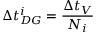
\Delta t _ { D G } ^ { i } = \frac { \Delta t _ { V } } { N _ { i } }